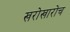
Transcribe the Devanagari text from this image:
खरोखारोच